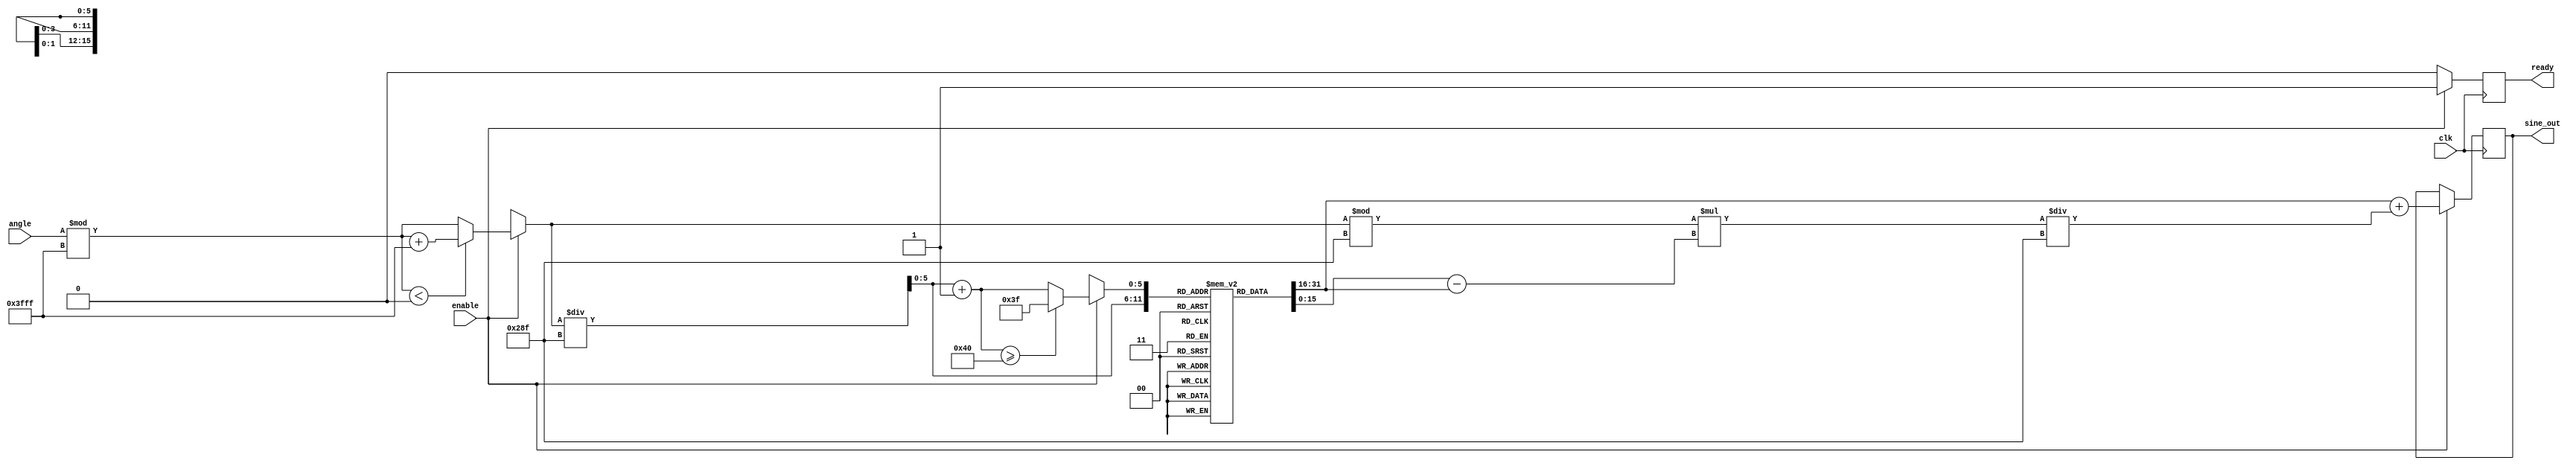
module sine_block (
    input wire clk,                // Clock input
    input wire enable,             // Enable signal
    input wire signed [15:0] angle, // Input angle in fixed-point representation (16 bits)
    output reg signed [15:0] sine_out, // Output sine value in fixed-point representation (16 bits)
    output reg ready               // Output ready signal
);

    // Parameters
    parameter LUT_SIZE = 64;      // Size of the lookup table
    parameter ANGLE_MAX = 16'h3FFF; // Maximum angle value ( in fixed-point)
    parameter LUT_WIDTH = 16;      // Width of LUT values
    parameter INTERPOLATION_STEP = 16'h028F; // Step size for interpolation (0.1 radians in fixed-point)

    // Sine lookup table (precomputed values for sine from 0 to )
    reg signed [LUT_WIDTH-1:0] sine_lut [0:LUT_SIZE-1];
    
    // Initialize the LUT with precomputed sine values
    initial begin
        // Populate the LUT with sine values (scaled appropriately)
        // This is just an example; actual values should be computed or pre-calculated.
        sine_lut[0] = 16'h0000;   // sin(0)
        sine_lut[1] = 16'h028F;   // sin(0.1)
        sine_lut[2] = 16'h051E;   // sin(0.2)
        // ... (fill in the rest of the LUT)
        sine_lut[63] = 16'h7FFF;   // sin()
    end

    // Internal signals
    reg signed [LUT_WIDTH-1:0] lut_value1, lut_value2;
    reg signed [LUT_WIDTH-1:0] sine_interp;
    reg [5:0] lut_index1, lut_index2; // Indices for LUT
    reg signed [15:0] angle_normalized;

    // Angle normalization and LUT lookup
    always @(posedge clk) begin
        if (enable) begin
            // Normalize angle to the range [0, 2]
            angle_normalized = angle % ANGLE_MAX;
            if (angle_normalized < 0) begin
                angle_normalized = angle_normalized + ANGLE_MAX;
            end

            // Calculate LUT indices
            lut_index1 = angle_normalized / INTERPOLATION_STEP;
            lut_index2 = lut_index1 + 1;

            // Handle boundary conditions
            if (lut_index2 >= LUT_SIZE) begin
                lut_index2 = LUT_SIZE - 1;
            end

            // Fetch LUT values
            lut_value1 = sine_lut[lut_index1];
            lut_value2 = sine_lut[lut_index2];

            // Linear interpolation
            sine_interp = lut_value1 + ((angle_normalized % INTERPOLATION_STEP) * (lut_value2 - lut_value1)) / INTERPOLATION_STEP;

            // Assign output and ready signal
            sine_out <= sine_interp;
            ready <= 1'b1;
        end else begin
            ready <= 1'b0; // Not ready if not enabled
        end
    end

endmodule